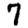
Digit: 7